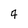
Character: 4